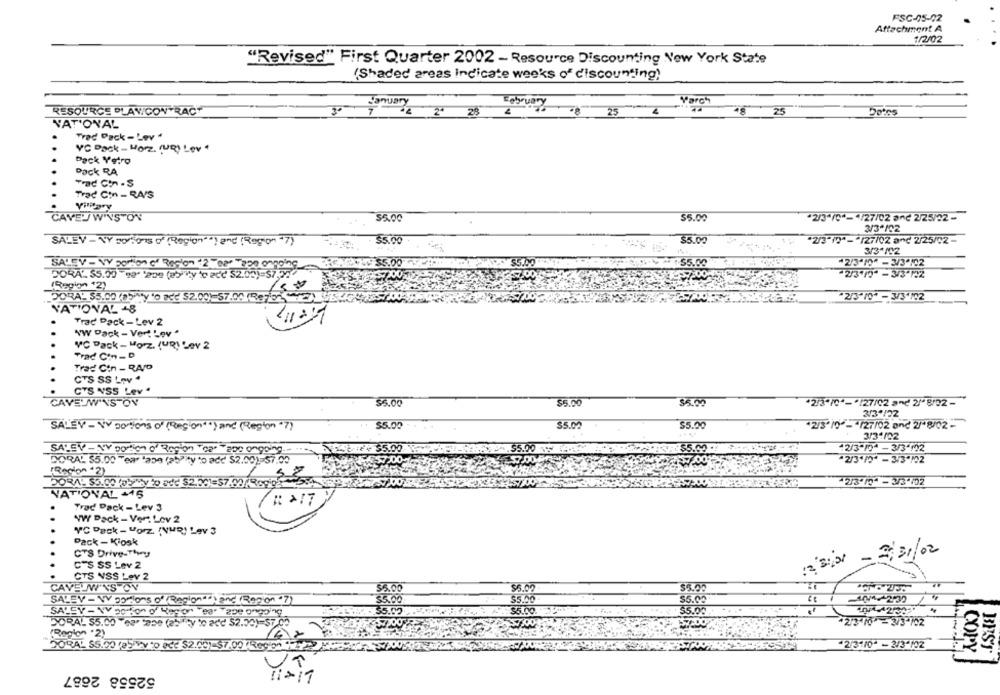
FSC-05-02
Attachment A
1/2/02
"Revised" First Quarter 2002 - Resource Discounting New York State
(Shaded areas Indicate weeks of discounting)
January
February
Porch
RESOURCE PLAVCONTRACT
3º
25
7
2º
25
25
Detes
NATIONAL
Trad Pack - Lev "
VC Pack - Horz. (URI Lev 4
Pack Yatro
Dack RA
Trac Con - RA/S
Villtary
CAVEL WINSTON
$5.00
$5.00
"2/3/0 *- 4/27/02 and 2/25/02 -
3/3ª1CZ
SALEV - VY portions o' (Region") and (Region 7)
35.00
$5.00
"2/3"()"- "127/02 and 2/25/CZ -
1%
3/31/02
$5.00
55.00
+2/3-10* - 3/3-102
2/3-10* - 3/3 122
(Region "2)
DORAL 35.00 (abity " add $2.00)-57.00 (Rejo2) 100
*2/3"10* - 3/3-102
YATIONAL -8
.
Trad Pack - Lev 2
WW Pack - Vert Lev "
VC Pack - Morz. (URI Lev 2
.
Trad Con - D
Trad Cin - RAID
CTS SS Lov 4
CTS NSS Lev .
CAVELWINSTON
$5.00
$5.00
$5.00
"2/3-70 *-* /27/02 and 2/' 8/22-
3/3*122
$5.00
SALEV - VV portions of ("region")and (Region "7)
$5.00
$5.00
"2/3' 10 - 127/02 and 2/*8/02-
3/31/02
SALSY - NY portion of Ragion Tea" "app ongoing ..
414 $5.00
$5.00 .A
$5.00 .
12/3-194 - 3/3"12
DORAL $5.00 Tear 'aDe (ability to add $2.00)-57.00
57.00
2/3*/* - 3/3ª702
"Region "2)
213.10* - 3/3-102
NATIONAL -46
# 217
Trad Pack - Lev 3
..
VW Pack - Ver: Lov 2
VC Pack - Morz. (NUR) Lev 3
Pack - Kiosk
CTS Drive-Thru
-3/31/02
CTS SS Lev 2
CTS NSS Lev 2
CAVELW'VS OV
$5.00
$5.90
$5.00
36.00
55.00
SALSY - NV po fon of Regon Year Tape groping
$5.00
DORAL $5.00 ea- tape (aby to add $2.50)=$7 00
*22 10 -2/3-702
(Region .2)
DORAL 55.00 (a) wyto act $2.001-$7.00 (Region
*2/3:10 - 2/3-102
COPY,
BEST
UT
52558 2687
11 - 17